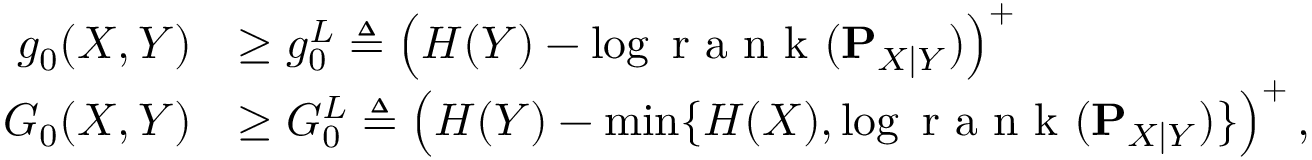
\begin{array} { r l } { g _ { 0 } ( X , Y ) } & { \geq g _ { 0 } ^ { L } \triangleq \left( H ( Y ) - \log \textnormal { r a n k } ( \mathbf { P } _ { X | Y } ) \right) ^ { + } } \\ { G _ { 0 } ( X , Y ) } & { \geq G _ { 0 } ^ { L } \triangleq \left( H ( Y ) - \operatorname* { m i n } \{ H ( X ) , \log \textnormal { r a n k } ( \mathbf { P } _ { X | Y } ) \} \right) ^ { + } , } \end{array}